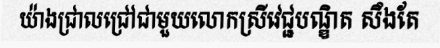
យ៉ាងជ្រាលជ្រៅជាមួយលោកស្រីវេជ្ជបណ្ឌិត សឹងតែ